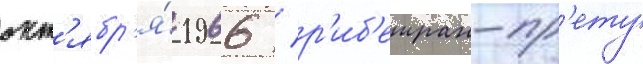
окт'ябр'я́ 1966 / р'иб'еиран-пр'ету